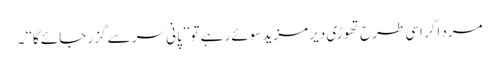
مرد اگر اِسی طرح تھوڑی دیر مزید سوئے رہے تو ’’پانی سر سے گزر جائے گا‘‘ ۔